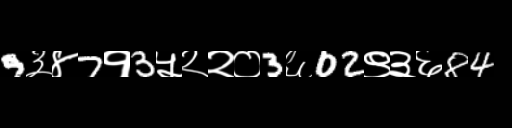
Text: 9३४7१3५२२०3६02९३६84